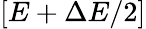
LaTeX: [E+\Delta E/2]